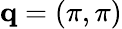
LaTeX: \mathbf{q}=(\pi,\pi)